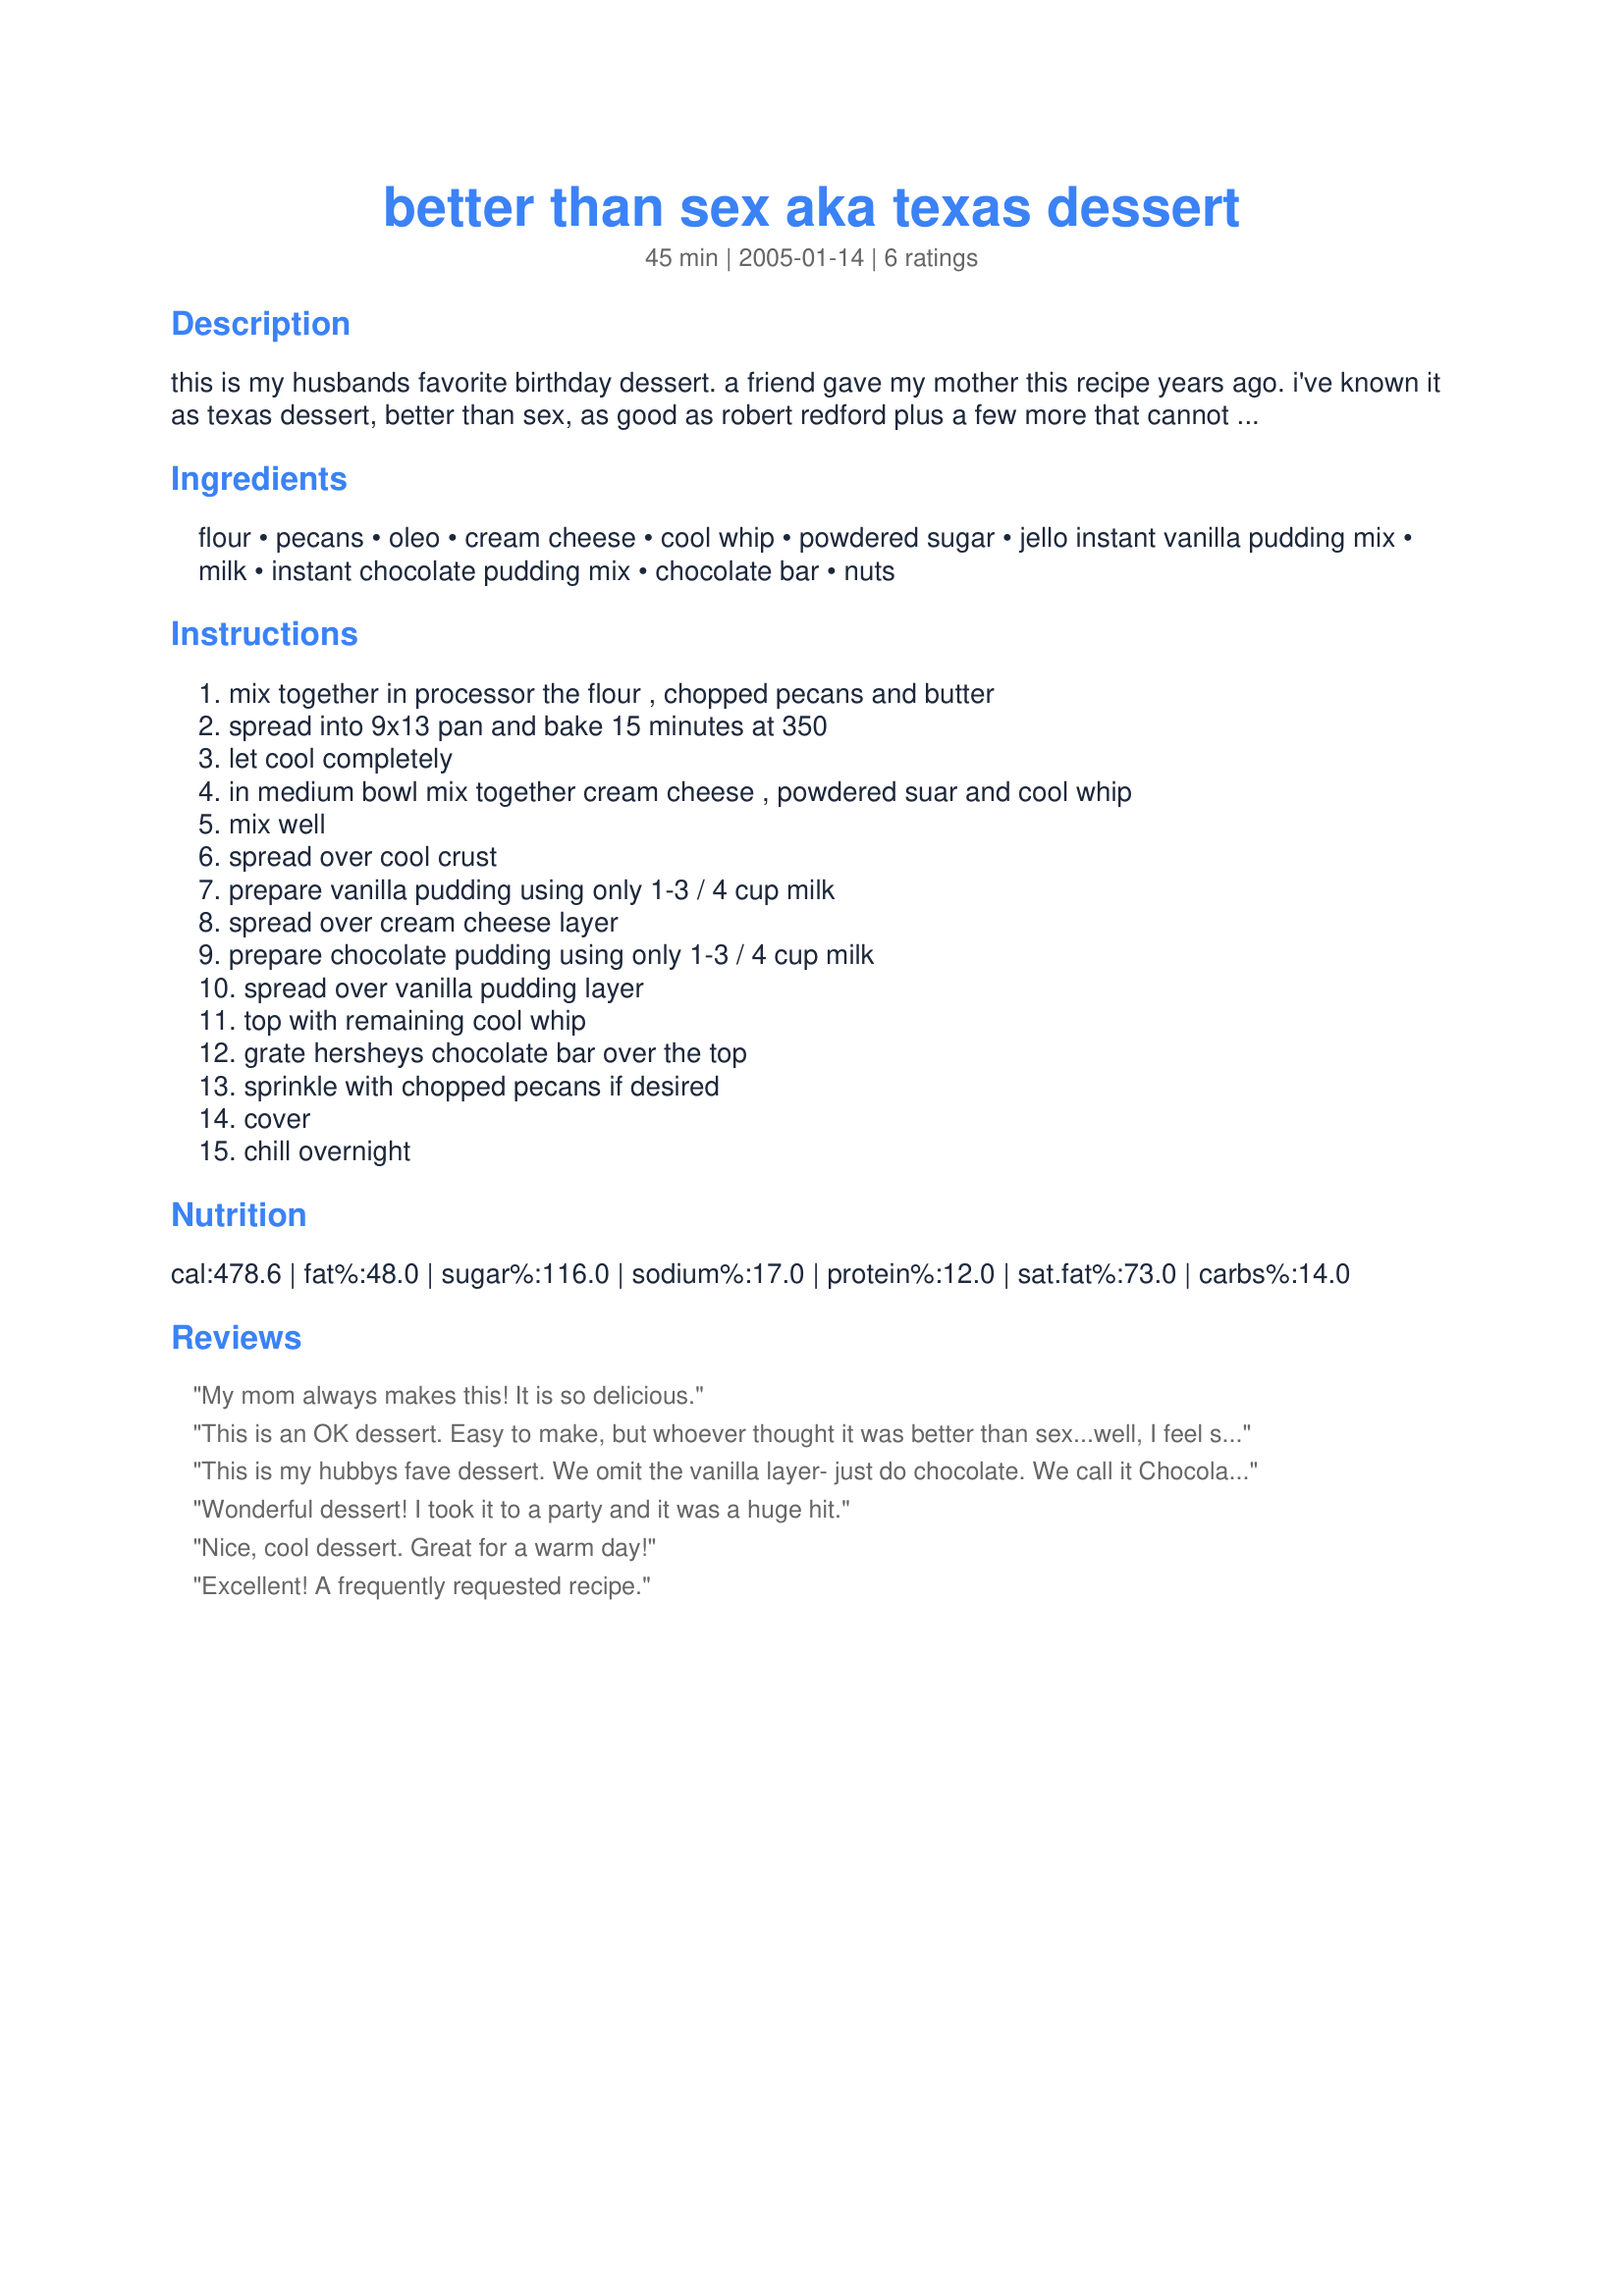
better than sex aka texas dessert
Preparation time: 45 minutes

this is my husbands favorite birthday dessert. a friend gave my mother this recipe years ago. i've known it as texas dessert, better than sex, as good as robert redford plus a few more that cannot be posted. great for valentines day too! for extra richness, use french vanilla cool whip.

Ingredients:
flour, pecans, oleo, cream cheese, cool whip, powdered sugar, jello instant vanilla pudding mix, milk, instant chocolate pudding mix, chocolate bar, nuts

Steps:
mix together in processor the flour , chopped pecans and butter, spread into 9x13 pan and bake 15 minutes at 350, let cool completely, in medium bowl mix together cream cheese , powdered suar and cool whip, mix well, spread over cool crust, prepare vanilla pudding using only 1-3 / 4 cup milk, spread over cream cheese layer, prepare chocolate pudding using only 1-3 / 4 cup milk, spread over vanilla pudding layer, top with remaining cool whip, grate hersheys chocolate bar over the top, sprinkle with chopped pecans if desired, cover, chill overnight

Reviews:
My mom always makes this! It is so delicious.
This is an OK dessert. Easy to make, but whoever thought it was better than sex...well, I feel sorry for 'em!
This is my hubbys fave dessert. We omit the vanilla layer- just do chocolate. We call it Chocolate Delight. I will have to try w/both puddings next time. Thanks for posting !
Wonderful dessert! I took it to a party and it was a huge hit.
Nice, cool dessert. Great for a warm day!
Excellent! A frequently requested recipe.
